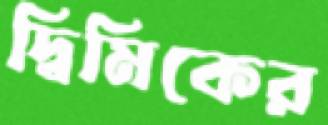
দ্বিমিকের